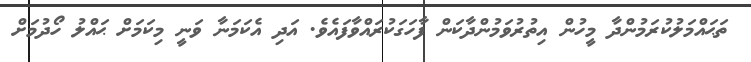
ތަޙައްމަލުކުރަމުންދާ މީހުން އިތުރުވަމުންދާކަން ފާހަގަކުރައްވާފައެވެ. އަދި އެކަމަނާ ވަނީ މިކަމަށް ޙައްލު ހޯދުމަށް